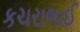
કચરાભાઈ